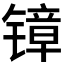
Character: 𲈗